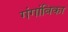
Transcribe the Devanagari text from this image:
गंगांबिका